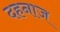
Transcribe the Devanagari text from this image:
दहनाज